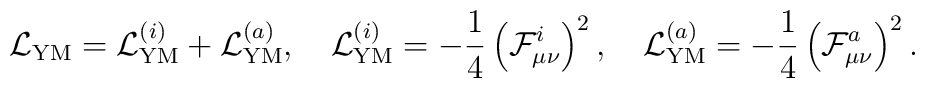
{\cal L}_{\rm YM} ={\cal L}_{\rm YM}^{(i)}  +{\cal L}_{\rm YM}^{(a)},\quad{\cal L}_{\rm YM}^{(i)}  =-\frac14\left({\cal F}_{\mu\nu}^i\right)^2 ,\quad{\cal L}_{\rm YM}^{(a)}  =-\frac14\left({\cal F}_{\mu\nu}^a\right)^2 .